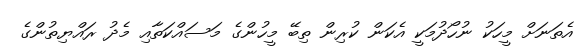
އެތަނަށް މީހަކު ނުހޯދުމަކީ އެކަން ކުރިން ތިބޭ މީހުންގެ މަސައްކަތާއި މެދު ރައްޔިތުންގެ